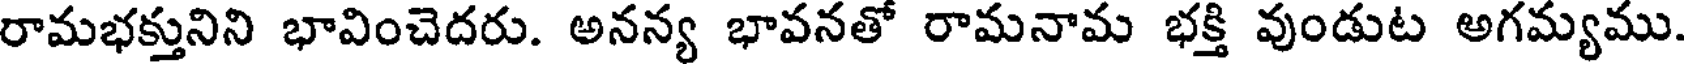
రామభక్తునిని భావించెదరు. అనన్య భావనతో రామనామ భక్తి వుండుట అగమ్యము.